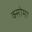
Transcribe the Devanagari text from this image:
क्सोमा